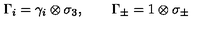
\Gamma _ { i } = \gamma _ { i } \otimes \sigma _ { 3 } , \qquad \Gamma _ { \pm } = 1 \otimes \sigma _ { \pm }